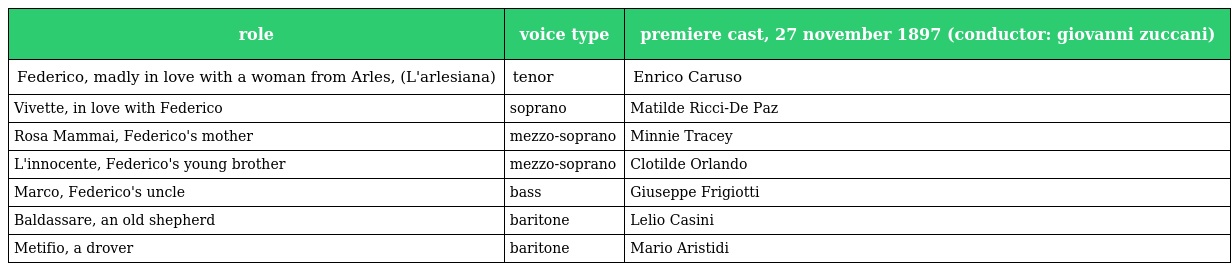
| role | voice type | premiere cast, 27 november 1897 (conductor: giovanni zuccani) |
 | --- | --- | --- |
 | Federico, madly in love with a woman from Arles, (L'arlesiana) | tenor | Enrico Caruso |
 | Vivette, in love with Federico | soprano | Matilde Ricci-De Paz |
 | Rosa Mammai, Federico's mother | mezzo-soprano | Minnie Tracey |
 | L'innocente, Federico's young brother | mezzo-soprano | Clotilde Orlando |
 | Marco, Federico's uncle | bass | Giuseppe Frigiotti |
 | Baldassare, an old shepherd | baritone | Lelio Casini |
 | Metifio, a drover | baritone | Mario Aristidi |